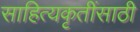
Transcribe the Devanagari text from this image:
साहित्यकृतींसाठी